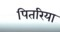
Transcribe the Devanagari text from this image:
पितरिया